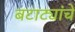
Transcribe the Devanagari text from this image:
बटाट्यांचे